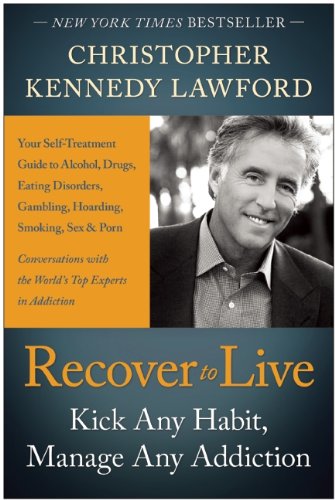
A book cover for Recover to Live: Kick Any Habit, Manage Any Addiction: Your Self-Treatment Guide to Alcohol, Drugs, Eating Disorders, Gambling, Hoarding, Smoking, Sex and Porn; Christopher Kennedy Lawford; Health, Fitness & Dieting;